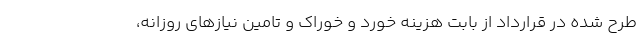
طرح شده در قرارداد از بابت هزینه خورد و خوراک و تامین نیازهای روزانه،